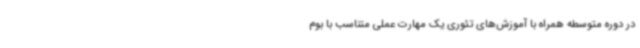
در دوره متوسطه همراه با آموزش‌های تئوری یک مهارت عملی متناسب با بوم